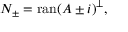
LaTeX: N _ { \pm } = \operatorname { r a n } ( A \pm i ) ^ { \perp } ,